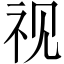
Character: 视